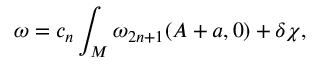
\omega = c _ { n } \int _ { M } \omega _ { 2 n + 1 } ( A + a , 0 ) + \delta \chi ,